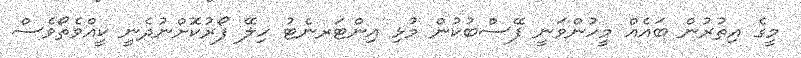
މީގެ އިތުރުން ބައެއް މީހުންވަނީ ފޭސްބުކުން މުޅި އިންޓަރނެޓު ހިލޭ ފޯރުކޮށްނުދެނީ ކީއްވެތޯވެސް